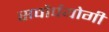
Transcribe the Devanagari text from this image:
सवोर्पयोगी